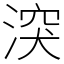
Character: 湥